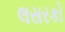
લસરકો